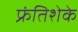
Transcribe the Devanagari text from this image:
फ्रंतिशेके